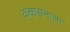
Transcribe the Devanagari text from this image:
कक्षासनाला